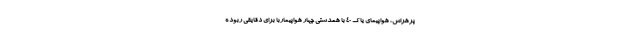
پرهراس، هواپیمای یاک ۴۰ با همدستی چهار هواپیماربا برای دقایقی ربوده